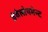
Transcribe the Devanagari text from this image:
डेवेलोपमेन्ट